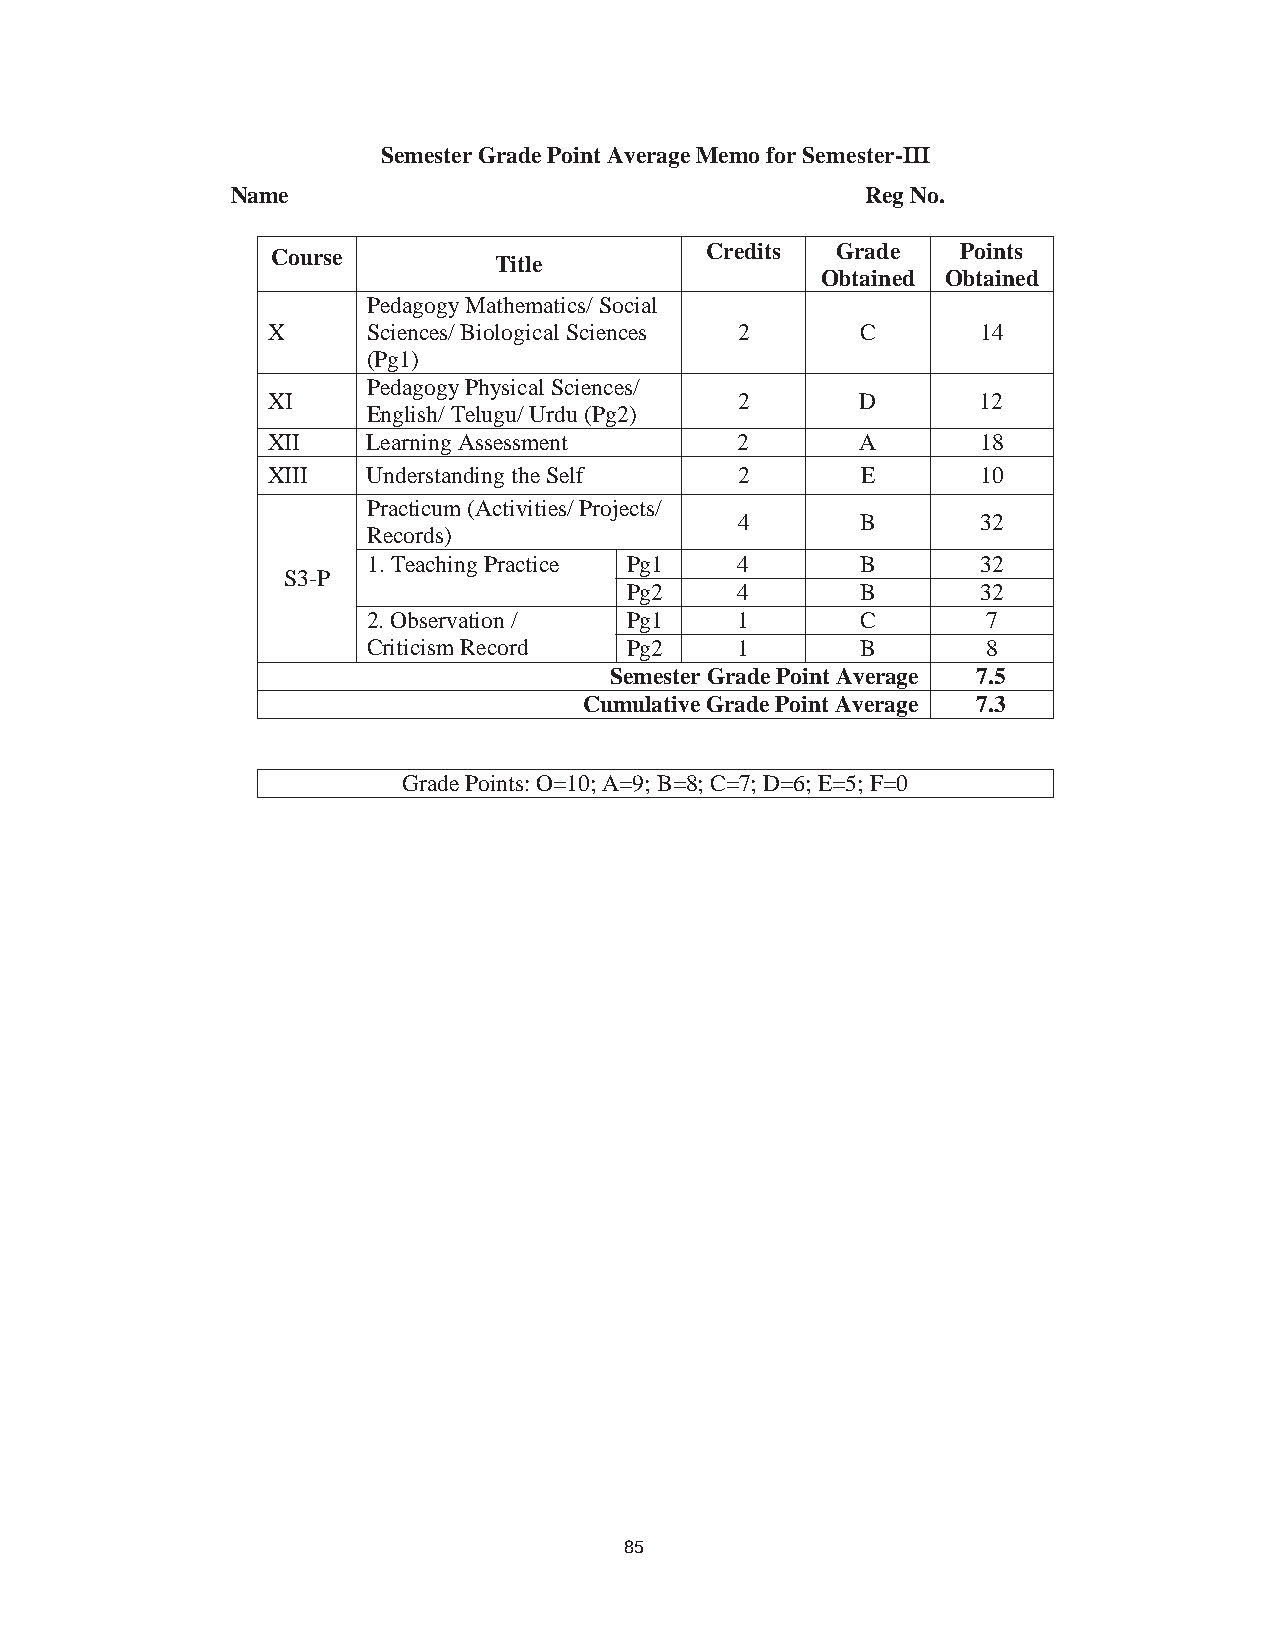
96
 Semester Grade Point Average Memo for Semester-III
 Name                                      Reg No.
 Credits Grade    Points
 Course
 Title
 Obtained Obtained
 Pedagogy Mathematics/ Social
 X     Sciences/ Biological Sciences 2  C       14
 (Pg1)
 Pedagogy Physical Sciences/
 XI                             2       D       12
 English/ Telugu/ Urdu (Pg2)
 XII   Learning Assessment      2       A       18
 XIII  Understanding the Self   2       E       10
 Practicum (Activities/ Projects/
 4       B       32
 Records)
 1.Teaching Practice Pg1  4       B       32
 S3-P
 Pg2    4       B       32
 2. Observation /  Pg1    1       C       7
 Criticism Record  Pg2    1       B       8
 Semester Grade Point Average 7.5
 Cumulative Grade Point Average 7.3
 Grade Points: O=10; A=9; B=8; C=7; D=6; E=5; F=0
 85